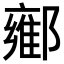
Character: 𬪘